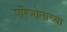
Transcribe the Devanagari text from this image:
एरिजोनाच्या